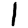
Digit: 1